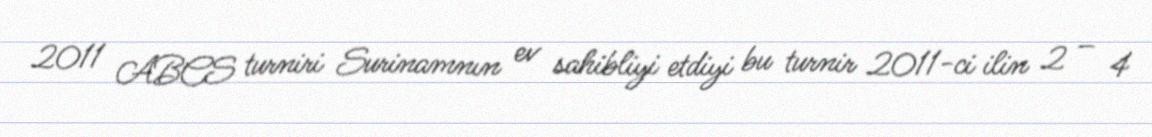
2011 ABCS turniri Surinamnın ev sahibliyi etdiyi bu turnir 2011-ci ilin 2 – 4